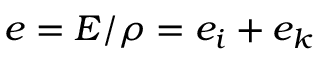
e = E / \rho = e _ { i } + e _ { k }